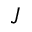
J